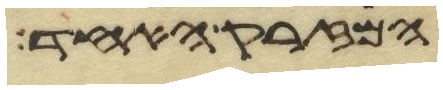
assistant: המזרק האחד